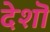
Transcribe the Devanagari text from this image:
देशॊ